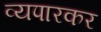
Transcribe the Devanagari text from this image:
व्यपारकर